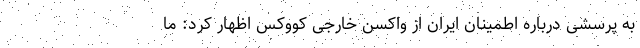
به پرسشی درباره اطمینان ایران از واکسن‌ خارجی کووکس اظهار کرد: ما